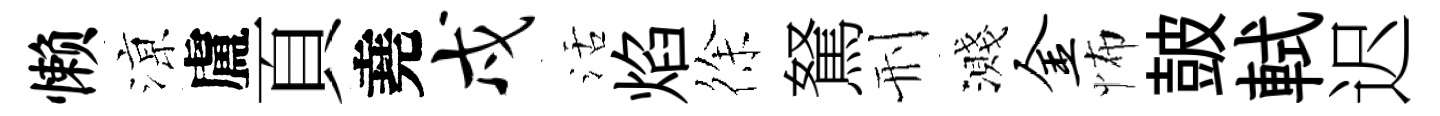
懒鿌盧頁堯戍活焰徐駑刑濺金怖皷軾迟